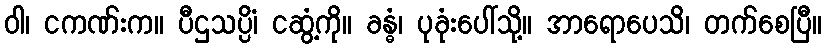
ဝါ၊ ငကဏ်းက။ ပီဌသပ္ပိံ၊ ငဆွံ့ကို။ ခန္ဓံ၊ ပုခုံးပေါ်သို့။ အာရောပေသိ၊ တက်စေပြီ။